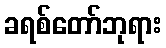
ခရစ်တော်ဘုရား